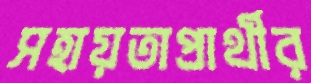
সহায়তাপ্রার্থীর